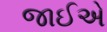
જાઈએ